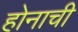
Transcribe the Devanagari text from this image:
होनाची